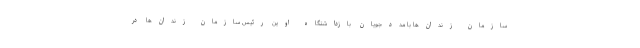
سازمان زندان‌ها با مددجویان بازداشتگاه اوین رئیس سازمان زندان‌ها در